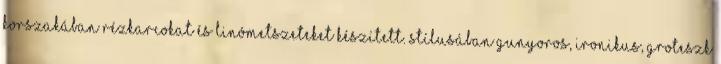
korszakában rézkarcokat és linómetszeteket készített. Stílusában gunyoros, ironikus, groteszk